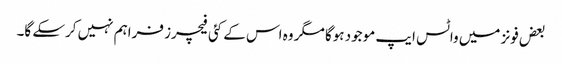
بعض فونز میں واٹس ایپ موجود ہوگا مگر وہ اس کے کئی فیچرز فراہم نہیں کرسکے گا۔